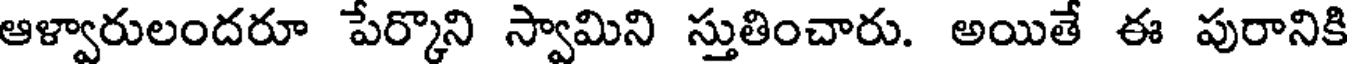
ఆళ్వారులందరూ పేర్కొని స్వామిని స్తుతించారు. అయితే ఈ పురానికి